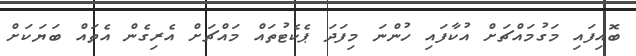
ބޮއިފައި މަގުމައްޗަށް އުކާފައި ހުންނަ މިފަދަ ޕެކެޓުތައް މައްޗަށް އެރިގެން އެތައް ބަޔަކަށް